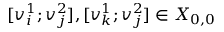
[ v _ { i } ^ { 1 } ; v _ { j } ^ { 2 } ] , [ v _ { k } ^ { 1 } ; v _ { j } ^ { 2 } ] \in X _ { 0 , 0 }